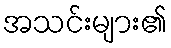
အသင်းများ၏